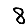
Digit: 8